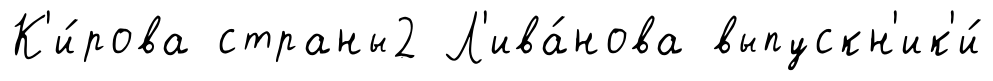
К'и́рова страны2 Л'ива́нова выпускн'ик'и́